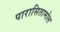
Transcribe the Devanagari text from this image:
पारासितामोल